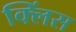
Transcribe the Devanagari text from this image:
क्लिंस